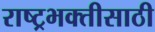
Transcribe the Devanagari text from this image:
राष्ट्रभक्तीसाठी